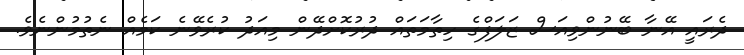
ދެރައީ އޭނާ ބޭނުންވިއަސް ޒަލަފްގެ ހިތާމަތައް ދުރުކޮށްދޭން މިއަދު ކުރެވޭނެ ކަމެއް ނެތުމުންނެވެ.